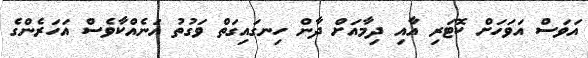
އަވަސް އަވަހަށް ކޮޓަރި އާއި ދިމާއަށް ދާން ހިނގައިގަތް ވަގުތު އަނެއްކާވެސް އަހަރެންގެ